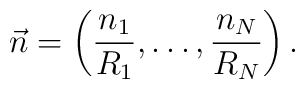
\vec{n} =\left(\frac{n_{1}}{R_{1}},\ldots,\frac{n_{N}}{R_{N}}\right).